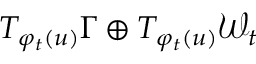
T _ { \varphi _ { t } ( u ) } \Gamma \oplus T _ { \varphi _ { t } ( u ) } \mathcal { W } _ { t }